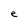
Character: e